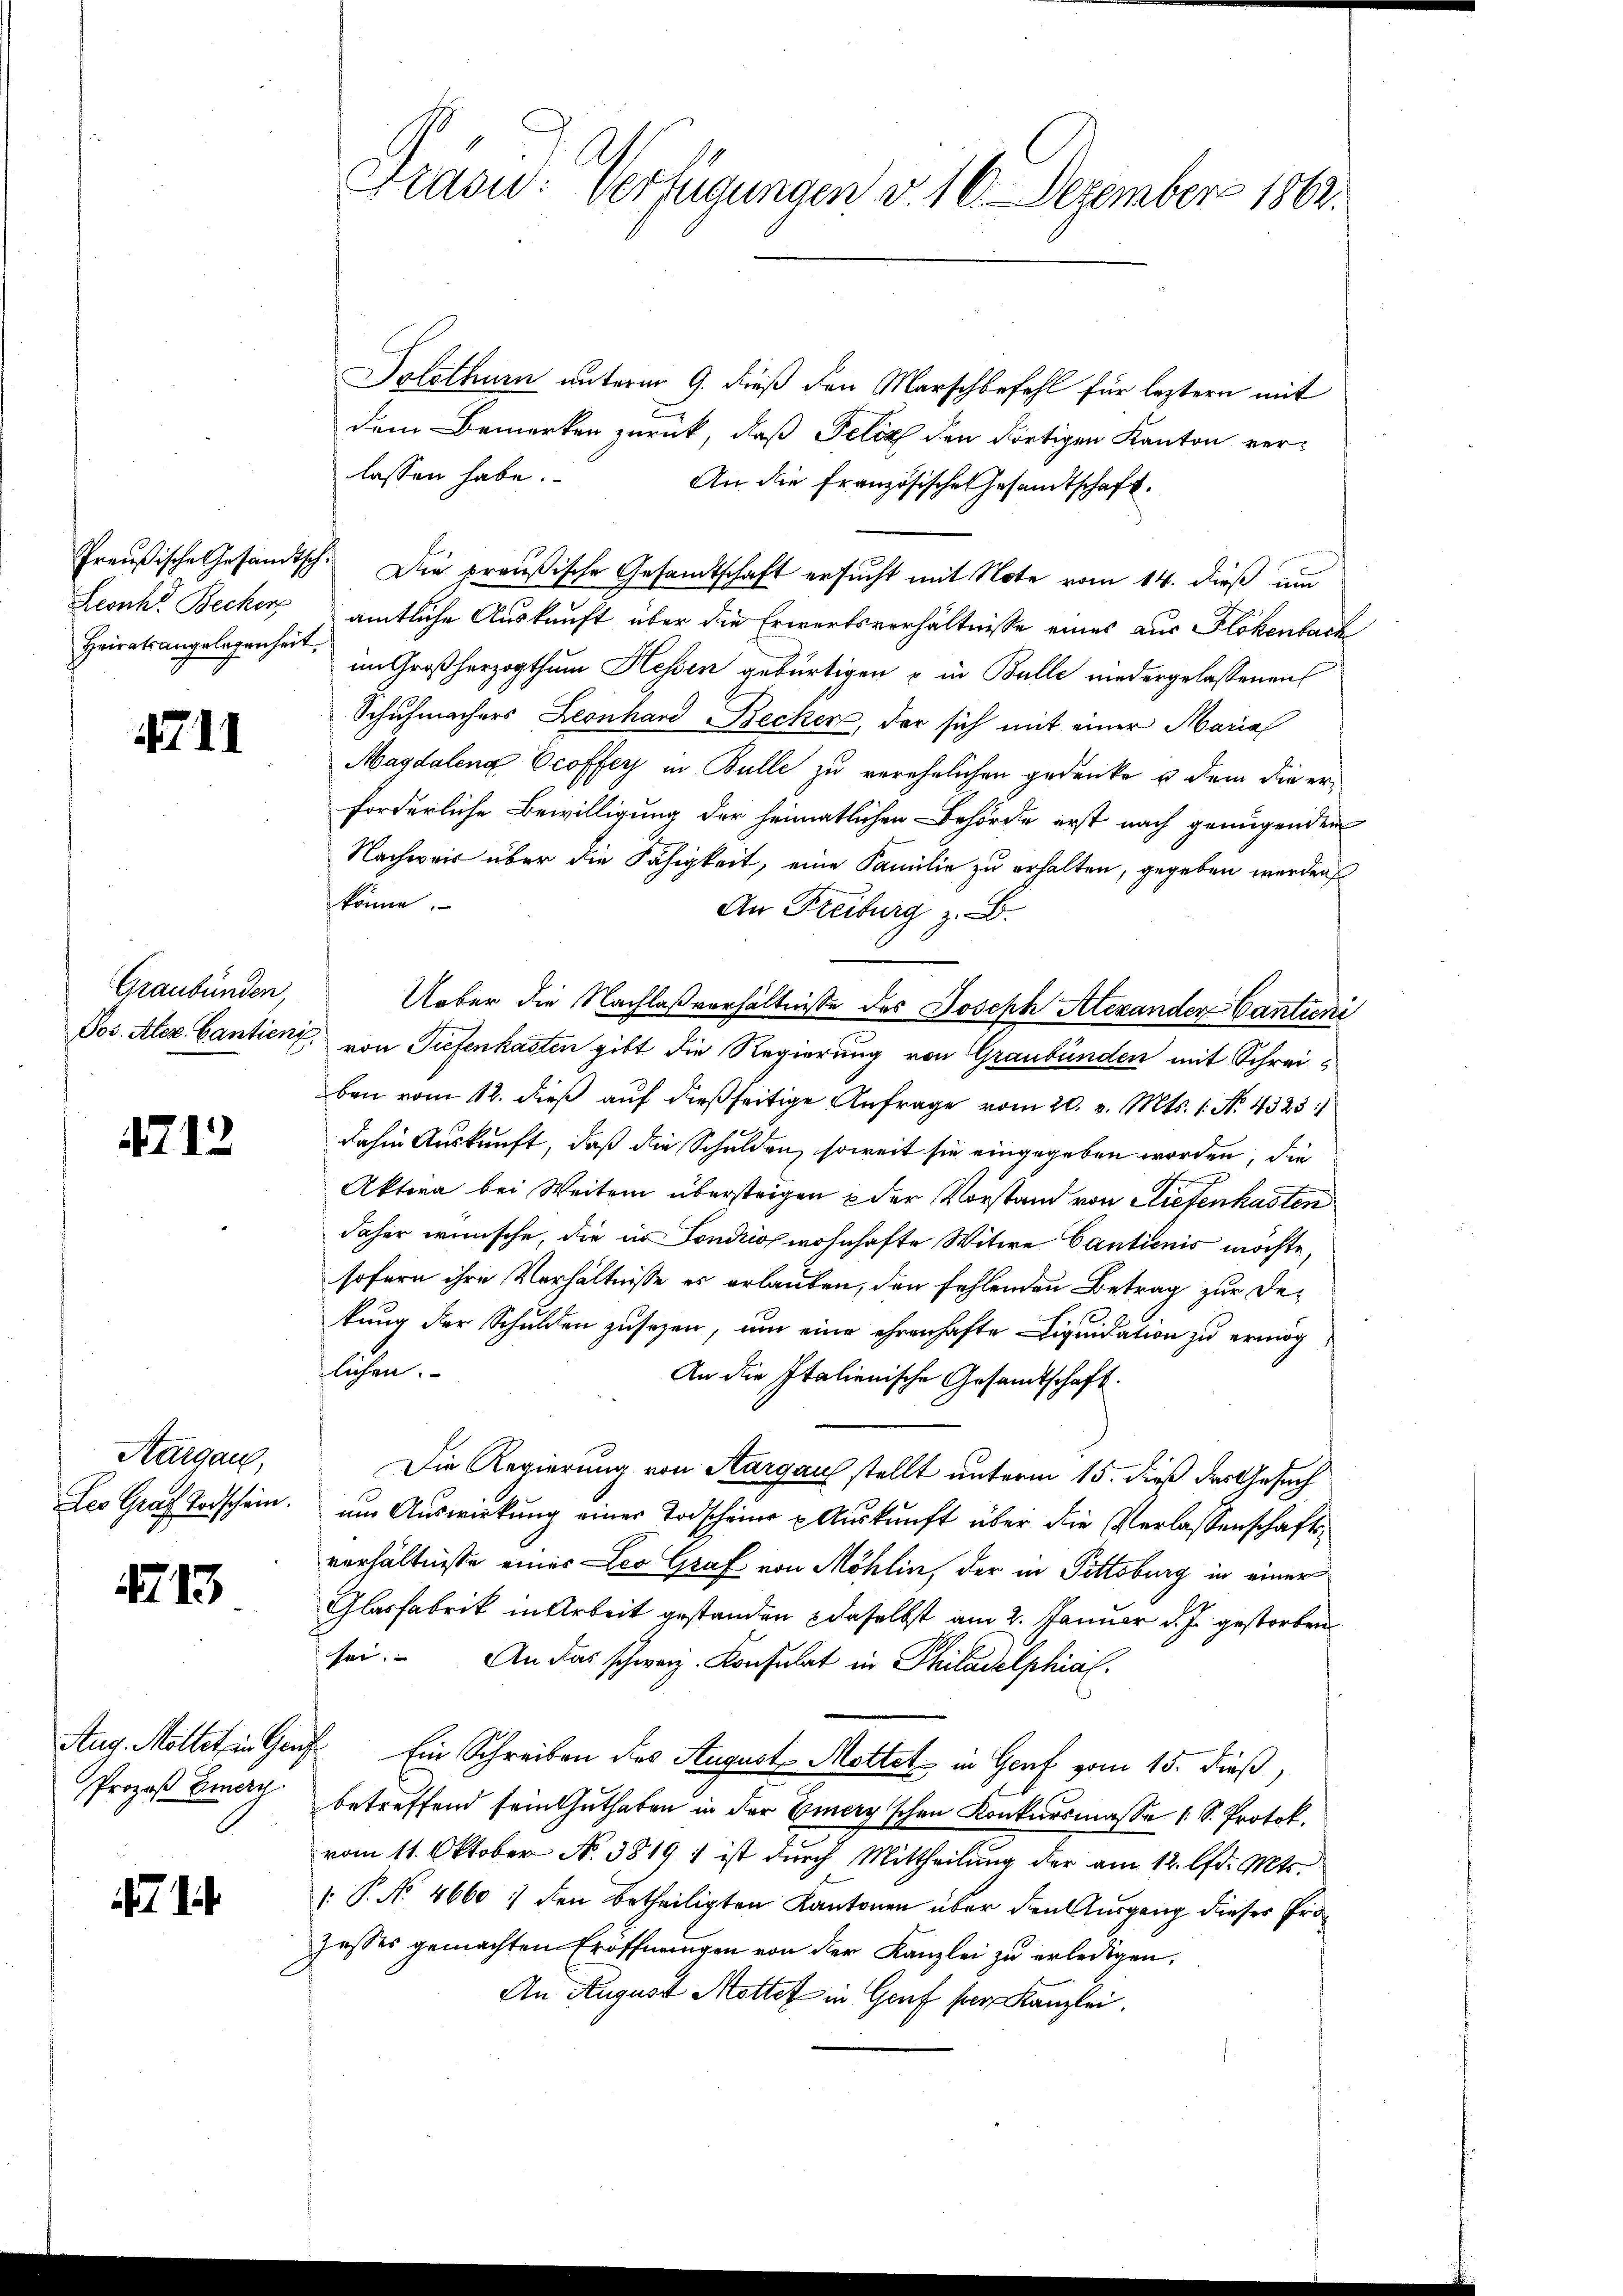
Heiratsangelegenheit,

4711

Graubünden,

4712

Kargau,

413.

Solothurn unterm 9. dieß den Marschbefehl für leztern mit
dem Bemerken zurück, daß Felix den dortigen Kanton ver-
lassen habe.
An die Französische Gesandtschaft.
Preußische Gesandtsch. Die preußische Gesandtschaft ersucht mit Note vom 14. dieß um
Leonh" Becker, amtliche Auskunft über die Erwertsverhältnisse eines aus Flokenbach
im Großherzogthum Hessen gebürtigen u. in Bulle niedergelassenen
Schuhmachers Leonhard Becker, der sich mit einer Maria
Magdalena Croffey in Bulle zu verehelichen gedrücke u dem die erforderliche Bewilligung der heimatlichen Behörde erst nach genügenden
Nachweis über die Fähigkeit, eine Familie zu erhalten, gegeben werden
könne.
An Freiburg z. B.
Ueber die Nachlaßverhältnisse des Joseph Alexander Cantini
Pos. Alex. Cantienz, von Tiefenkasten gibt die Regierung von Graubünden mit Schreiben vom 12. dieß auf dießseitige Anfrage vom 20. v. Mts. 1. N. 4325:
dahin Auskunft, daß die Schulden, soweit sie eingegeben worden, die
Aktiva bei Weiten übersteigen & der Vorstand von Stiefenkasten
daher wünsche, die in Sondrio wohnhafte Witwe Cautionis möchte,
sofern ihre Verhältnisse es erlauben, den fehlenden Betrag zur Dekung der Schulden zusagen, um eine ehrenhafte Liquidation zu ermög
lichen.
An die Italienische Gesandtschaft.
Die Regierung von Aargau stellt unterm 15. dieß das Gesuch
Les Graf Todschein. um Auswirkung einer Todscheine Auskunft über die Verlassenschaftsverhältniße eines Leo Graf von Möhlin, der in Pittsburg in einer
Glasfabrik in Arbeit gestanden daselbst am 2. Januar d. J. gestorben.
sei. An das schweiz. Konsulat in Philadelphial¬
Aug. Mottet, in Genf Ein Schreiben des August Mettet in Genf vom 15. dieß,
Prozeß Benach betreffend sein Guthaben in der Giery'schen Konkursmasse 1 S. Protok.
vom 11. Oktober N. 3819 1 ist durch Mittheilung der am 12. lfd. Mts.
 P. No 4660 :/ den betheiligten Kantonen über den Ausgang dieser Prozesses gemachten Eröffnungen von der Kanzlei zu erledigen,
An August Mottet in Genf sar Kanzlei.

1

Frasu: Verfügungen v. 16. Dezember 1862.